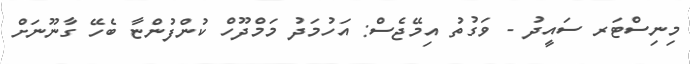
މިނިސްޓަރ ސައީދު - ވަގުތު އިމޭޖެސް: އަހުމަދު މަމްދޫހް ކުންފުންޏާ ބެހޭ ގާނޫނަށް